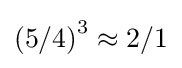
{(5/4)}^{3}\approx {2/1}